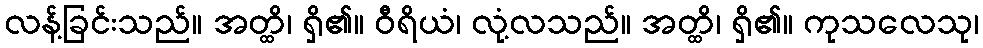
လန့်ခြင်းသည်။ အတ္ထိ၊ ရှိ၏။ ဝီရိယံ၊ လုံ့လသည်။ အတ္ထိ၊ ရှိ၏။ ကုသလေသု၊